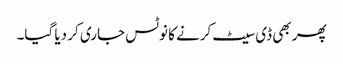
پھر بھی ڈی سیٹ کرنے کا نوٹس جاری کر دیا گیا۔